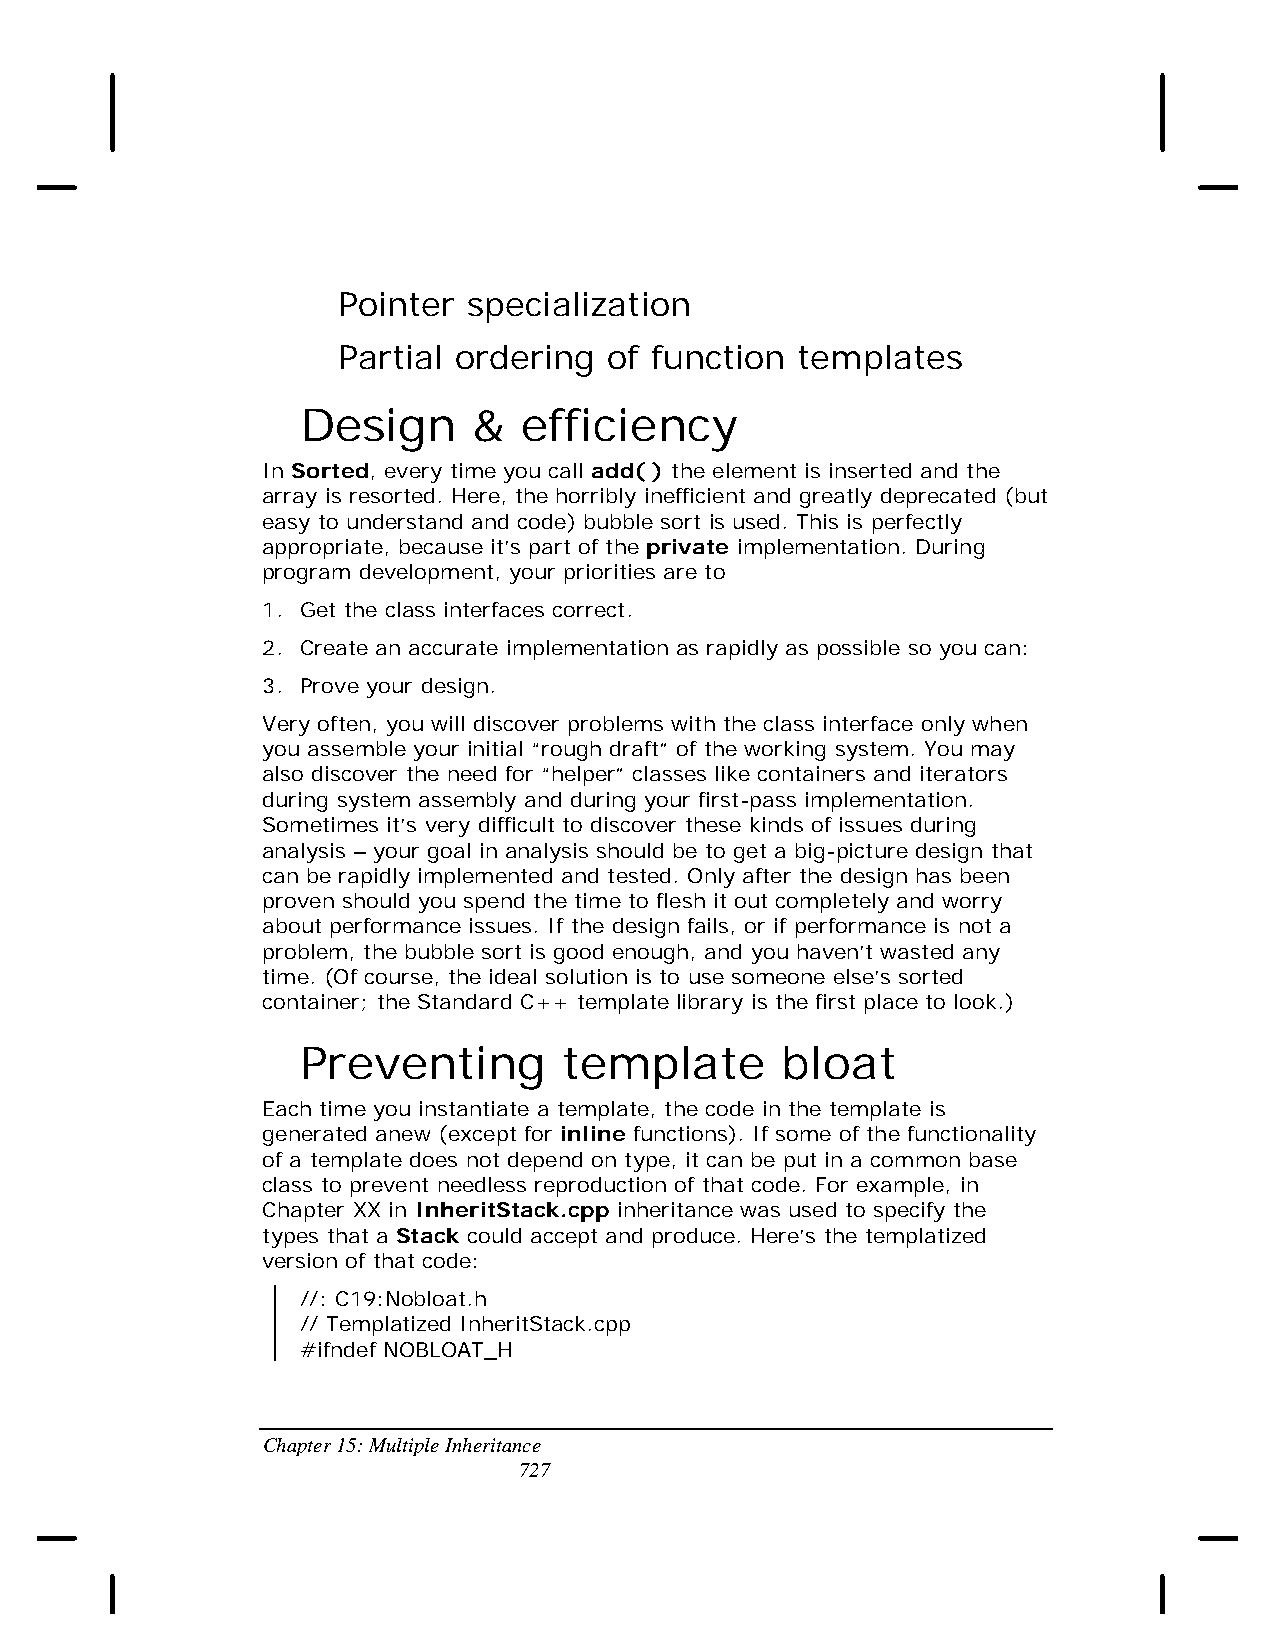
Pointer  specialization
 Partial ordering  of function  templates
 Design     &   efficiency
 In Sorted, every time you call add( ) the element is inserted and the
 array is resorted. Here, the horribly inefficient and greatly deprecated (but
 easy to understand and code) bubble sort is used. This is perfectly
 appropriate, because it’s part of the private implementation. During
 program development, your priorities are to
 1. Get the class interfaces correct.
 2. Create an accurate implementation as rapidly as possible so you can:
 3. Prove your design.
 Very often, you will discover problems with the class interface only when
 you assemble your initial “rough draft” of the working system. You may
 also discover the need for “helper” classes like containers and iterators
 during system assembly and during your first-pass implementation.
 Sometimes it’s very difficult to discover these kinds of issues during
 analysis – your goal in analysis should be to get a big-picture design that
 can be rapidly implemented and tested. Only after the design has been
 proven should you spend the time to flesh it out completely and worry
 about performance issues. If the design fails, or if performance is not a
 problem, the bubble sort is good enough, and you haven’t wasted any
 time. (Of course, the ideal solution is to use someone else’s sorted
 container; the Standard C++ template library is the first place to look.)
 Preventing       template       bloat
 Each time you instantiate a template, the code in the template is
 generated anew (except for inline functions). If some of the functionality
 of a template does not depend on type, it can be put in a common base
 class to prevent needless reproduction of that code. For example, in
 Chapter XX in InheritStack.cpp inheritance was used to specify the
 types that a Stack could accept and produce. Here’s the templatized
 version of that code:
 //: C19:Nobloat.h
 // Templatized InheritStack.cpp
 #ifndef NOBLOAT_H
 Chapter 15: Multiple Inheritance
 727